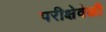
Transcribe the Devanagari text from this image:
परीक्षेवेळी